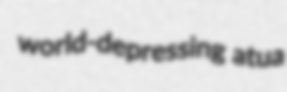
world-depressing atua